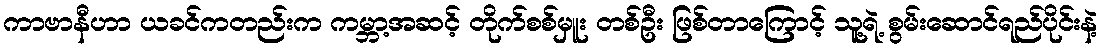
ကာဗာနီဟာ ယခင်ကတည်းက ကမ္ဘာ့အဆင့် တိုက်စစ်မှူး တစ်ဦး ဖြစ်တာကြောင့် သူ့ရဲ့ စွမ်းဆောင်ရည်ပိုင်းနဲ့